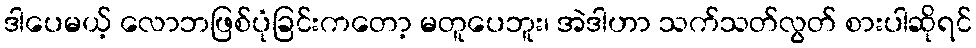
ဒါပေမယ့် လောဘဖြစ်ပုံခြင်းကတော့ မတူပေဘူး၊ အဲဒါဟာ သက်သတ်လွတ် စားပါဆိုရင်